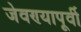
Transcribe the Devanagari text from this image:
जेवण्यापूर्वी